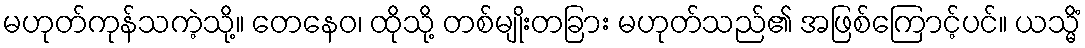
မဟုတ်ကုန်သကဲ့သို့။ တေနေဝ၊ ထိုသို့ တစ်မျိုးတခြား မဟုတ်သည်၏ အဖြစ်ကြောင့်ပင်။ ယသ္မိံ